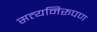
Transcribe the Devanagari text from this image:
सत्यनिरूपण